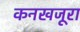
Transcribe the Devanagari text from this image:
कनखजूरा